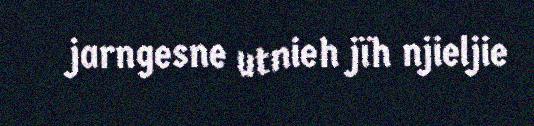
jarngesne utnieh jïh njieljie